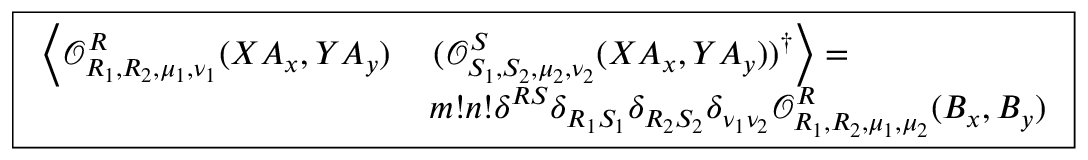
\boxed { \begin{array} { r l } { \left\langle \mathcal { O } _ { R _ { 1 } , R _ { 2 } , \mu _ { 1 } , \nu _ { 1 } } ^ { R } ( X A _ { x } , Y A _ { y } ) \right. } & { \left. ( \mathcal { O } _ { S _ { 1 } , S _ { 2 } , \mu _ { 2 } , \nu _ { 2 } } ^ { S } ( X A _ { x } , Y A _ { y } ) ) ^ { \dagger } \right\rangle = } \\ & { m ! n ! \delta ^ { R S } \delta _ { R _ { 1 } S _ { 1 } } \delta _ { R _ { 2 } S _ { 2 } } \delta _ { \nu _ { 1 } \nu _ { 2 } } \mathcal { O } _ { R _ { 1 } , R _ { 2 } , \mu _ { 1 } , \mu _ { 2 } } ^ { R } ( B _ { x } , B _ { y } ) } \end{array} }